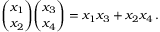
{ \binom { x _ { 1 } } { x _ { 2 } } } { \binom { x _ { 3 } } { x _ { 4 } } } = x _ { 1 } x _ { 3 } + x _ { 2 } x _ { 4 } \, .